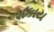
શકાય